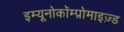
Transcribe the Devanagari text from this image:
इम्यूनोकॉम्प्रोमाइज़्ड